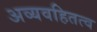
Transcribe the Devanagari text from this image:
अव्यवहितत्व